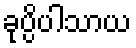
ခုပ္ပိပါသာယ